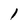
Character: 1